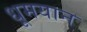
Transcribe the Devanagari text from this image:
धूमयान